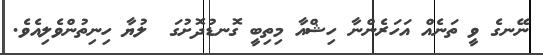
ނޭނގެ ވީ ތަނެއް އަހަރެންނާ ހިޝްއާ މިތިބީ ގޮނޑުދޮށުގަ  ލުޔާ ހިނިތުންވެލިއެވެ.